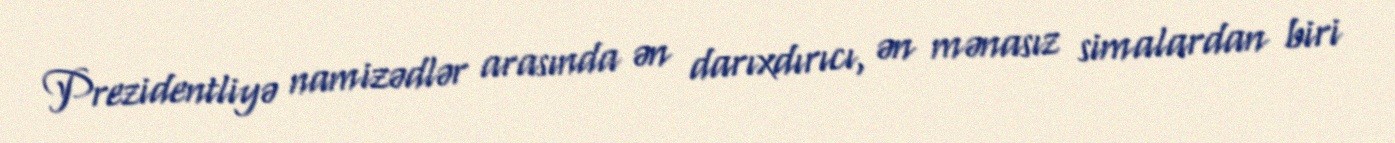
Prezidentliyə namizədlər arasında ən darıxdırıcı, ən mənasız simalardan biri